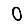
Digit: 0